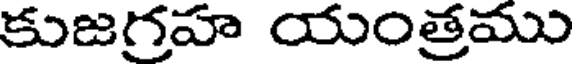
కుజగ్రహ యంత్రము